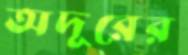
অদূরের